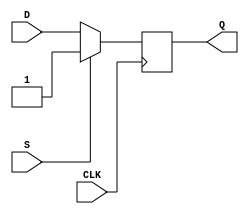
module d_flip_flop (
    input D,
    input CLK,
    input S,
    output reg Q
);
  
always @(posedge CLK) begin
    if (S) begin
        Q <= 1'b1; // Set Q to 1 when S is high
    end else begin
        Q <= D; // Store the value of D when CLK transitions from low to high
    end
end

endmodule